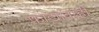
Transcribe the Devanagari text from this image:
फांद्यांवरही